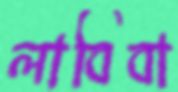
লাবিবা